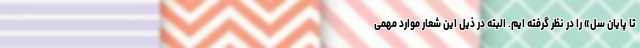
تا پایان سل» را در نظر گرفته ایم. البته در ذیل این شعار موارد مهمی